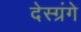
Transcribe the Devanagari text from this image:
देस्ग्रंगे